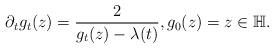
LaTeX: \begin{align*}\partial_t g_t(z) = \frac{2}{g_t(z) - \lambda(t)}, g_0(z) = z \in \mathbb{H}.\end{align*}